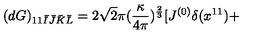
( d G ) _ { 1 1 \bar { I } \bar { J } \bar { K } \bar { L } } = 2 \sqrt { 2 } \pi ( \frac { \kappa } { 4 \pi } ) ^ { \frac { 2 } { 3 } } [ J ^ { ( 0 ) } \delta ( x ^ { 1 1 } ) +